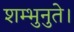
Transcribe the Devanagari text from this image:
शम्भुनुते।